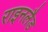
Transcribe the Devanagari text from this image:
राइनलैड